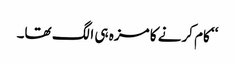
‘‘ کام کرنے کا مزہ ہی الگ تھا۔